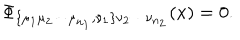
\Phi _ { \bf \{ \mu _ { 1 } \mu _ { 2 } \cdots \mu _ { n _ { 1 } } , \nu _ { 1 } \} \nu _ { 2 } \cdots \nu _ { n _ { 2 } } } ( x ) = 0 .